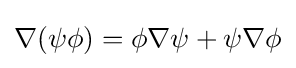
\nabla (\psi \phi )=\phi \nabla \psi +\psi \nabla \phi